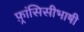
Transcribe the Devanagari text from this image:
फ़्रांसिसीभाषी